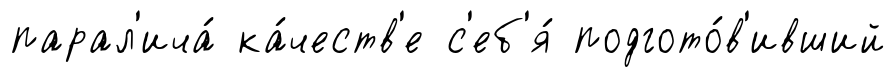
парал'ича́ ка́честв'е с'еб'я́ подгото́в'ивший